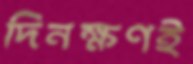
দিনক্ষণই